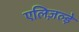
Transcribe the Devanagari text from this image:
एलिज़ल्ड़े